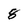
Character: 8